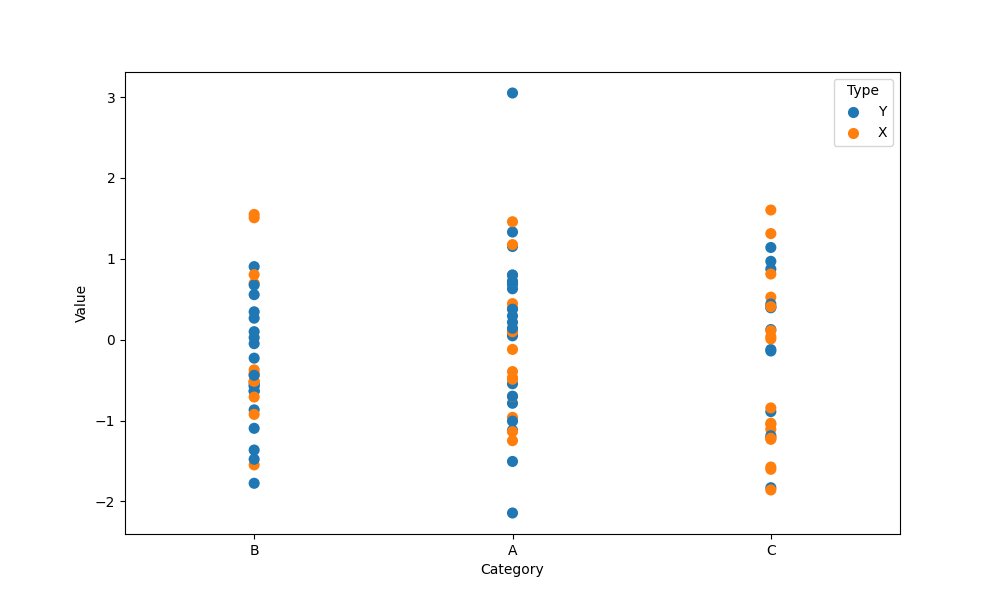
python, seaborn, stripplot, jitter=False, dodge=False, alpha=1.0, size=8